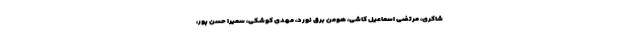
شاکری، مرتضی اسماعیل کاشی، هومن برق نورد، مهدی کوشکی، سمیرا حسن پور،